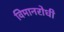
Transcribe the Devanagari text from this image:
विमानरोधी